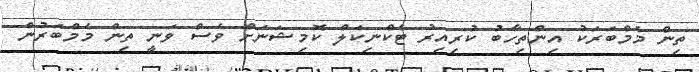
ތިން މެމްބަރަކު އިންތިހާބު ކުރިއިރު ޓެކްނިކަލް ކޮމިޝަނަށް ވެސް ވަނީ ތިން މެމްބަރުން